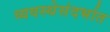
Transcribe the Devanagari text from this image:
व्यवस्थेसंदर्भात